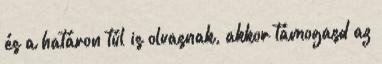
és a határon túl is olvasnak, akkor támogasd az